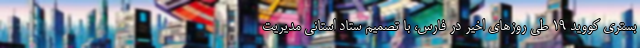
بستری کووید ۱۹ طی روزهای اخیر در فارس، با تصمیم ستاد استانی مدیریت